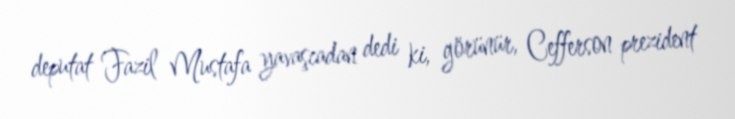
deputat Fazil Mustafa yavaşcadan dedi ki, görünür, Cefferson prezident